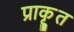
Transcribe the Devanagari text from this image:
प्राकृुत